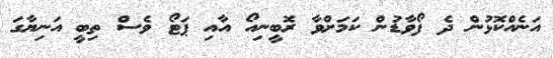
އަނެއްކޮޅުން ދެ ފޯވާޑުން ކަމަށްވާ ރޮބީނިއޯ އާއި ޕަޓޯ ވެސް ތިބީ އަނިޔާގަ